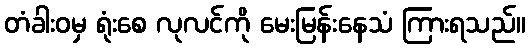
တံခါးဝမှ ရုံးစေ လုလင်ကို မေးမြန်းနေသံ ကြားရသည်။